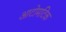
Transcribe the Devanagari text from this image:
आटोमटिक